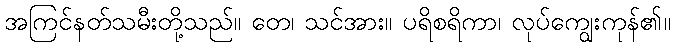
အကြင်နတ်သမီးတို့သည်။ တေ၊ သင်အား။ ပရိစရိကာ၊ လုပ်ကျွေးကုန်၏။